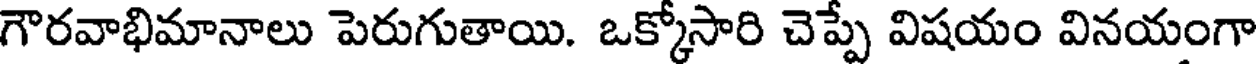
గౌరవాభిమానాలు పెరుగుతాయి. ఒక్కోసారి చెప్పే విషయం వినయంగా